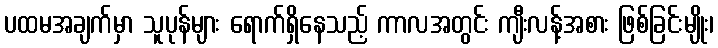
ပထမအချက်မှာ သူပုန်များ ရောက်ရှိနေသည့် ကာလအတွင်း ကျီးလန့်အစား ဖြစ်ခြင်းမျိုး၊